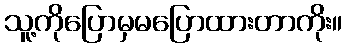
သူ့ကိုပြောမှမပြောထားတာကိုး။